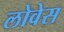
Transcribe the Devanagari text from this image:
लोवेस